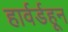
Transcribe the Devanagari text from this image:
हार्वर्डहून